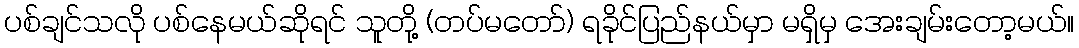
ပစ်ချင်သလို ပစ်နေမယ်ဆိုရင် သူတို့ (တပ်မတော်) ရခိုင်ပြည်နယ်မှာ မရှိမှ အေးချမ်းတော့မယ်။